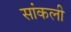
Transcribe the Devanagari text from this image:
सांकली